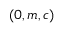
( 0 , m , c )